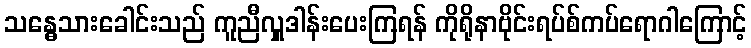
သန္ဓေသားခေါင်းသည် ကူညီလှူဒါန်းပေးကြရန် ကိုရိုနာဗိုင်းရပ်စ်ကပ်ရောဂါကြောင့်